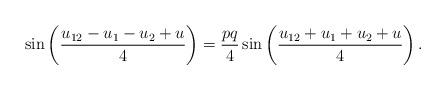
LaTeX: \begin{align*} \sin \left( \frac{u_{12}-u_1-u_2+u}{4}\right) = \frac{p q}{4} \sin \left( \frac{u_{12}+u_1 + u_2+u}{4}\right).\end{align*}